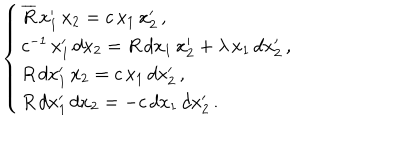
LaTeX: \; \; \left\{ \begin{array} { l } { { \overline { { { R } } } \, x _ { 1 } ^ { \prime } \, x _ { 2 } = c \, x _ { 1 } \, x _ { 2 } ^ { \prime } \, , } } \\ { { c ^ { - 1 } \, x _ { 1 } ^ { \prime } \, d x _ { 2 } = R \, d x _ { 1 } \, x _ { 2 } ^ { \prime } + \lambda \, x _ { 1 } \, d x _ { 2 } ^ { \prime } \, , } } \\ { { R \, d x _ { 1 } ^ { \prime } \, x _ { 2 } = c \, x _ { 1 } \, d x _ { 2 } ^ { \prime } \, , } } \\ { { R \, d x _ { 1 } ^ { \prime } \, d x _ { 2 } = - c \, d x _ { 1 } \, d x _ { 2 } ^ { \prime } \, . } } \\ \end{array} \right.